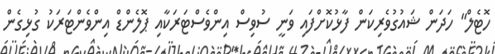
ހޮޓެލް" ހަދަން ޝައުގުވެރިކަން ފާޅުކޮށްފައި ވަނީ ސުވިސް އިންވެސްޓަރަކާއި ޕޮލެންޑް އިންވެންޓަރަކު ގުޅިގެން